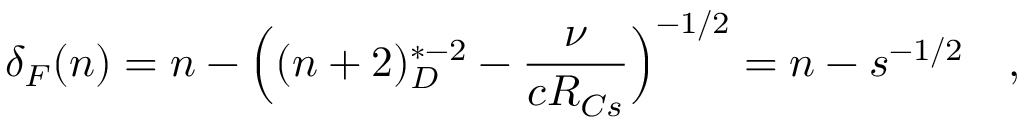
\delta _ { F } ( n ) = n - \Big ( ( n + 2 ) _ { D } ^ { * - 2 } - \frac { \nu } { c R _ { C s } } \Big ) ^ { - 1 / 2 } = n - s ^ { - 1 / 2 } \quad ,